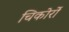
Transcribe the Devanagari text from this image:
चिकोर्रो